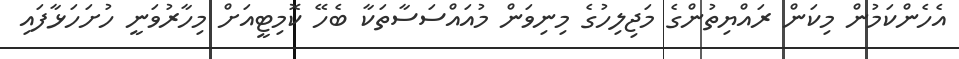
އެހެންކަމުން މިކަން ރައްޔިތުންގެ މަޖިލިހުގެ މިނިވަން މުއައްސަސާތަކާ ބެހޭ ކޮމިޓީއަށް މިހާރުވަނީ ހުށަހަޅާފައި